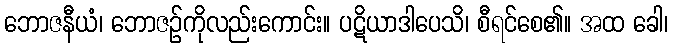
ဘောဇနီယံ၊ ဘောဇဉ်ကိုလည်းကောင်း။ ပဋိယာဒါပေသိ၊ စီရင်စေ၏။ အထ ခေါ၊